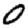
Digit: 0